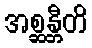
အစ္ဆန္တီတိ